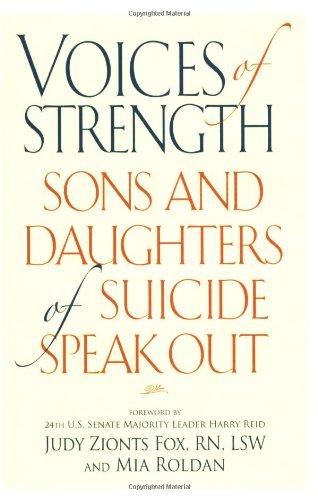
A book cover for Voices of Strength: Sons and Daughters of Suicide Speak Out; Judy Zionts Fox; Self-Help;